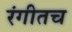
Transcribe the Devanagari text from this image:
रंगीतच